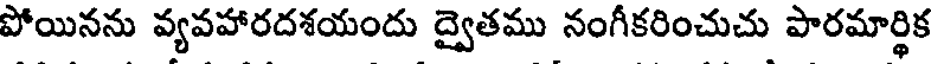
పోయినను వ్యవహారదశయందు ద్వైతము నంగీకరించుచు పారమార్థిక